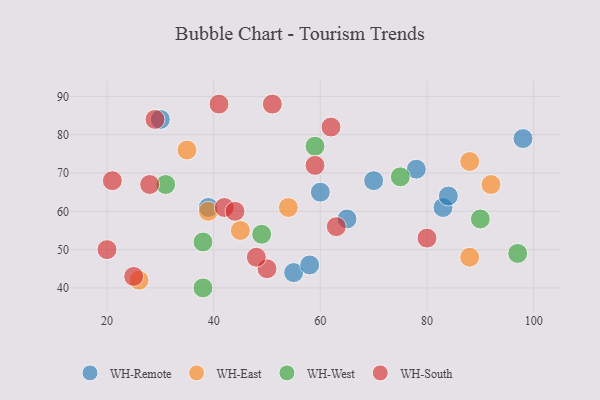
{"axis": {"x": "GDP", "y": "Life Expectancy"}, "legend": ["WH-East", "WH-Remote", "WH-South", "WH-West"], "data": [{"x": "83", "y": 61, "type": "WH-Remote"}, {"x": "84", "y": 64, "type": "WH-Remote"}, {"x": "55", "y": 44, "type": "WH-Remote"}, {"x": "58", "y": 46, "type": "WH-Remote"}, {"x": "78", "y": 71, "type": "WH-Remote"}, {"x": "30", "y": 84, "type": "WH-Remote"}, {"x": "65", "y": 58, "type": "WH-Remote"}, {"x": "98", "y": 79, "type": "WH-Remote"}, {"x": "60", "y": 65, "type": "WH-Remote"}, {"x": "39", "y": 61, "type": "WH-Remote"}, {"x": "70", "y": 68, "type": "WH-Remote"}, {"x": "88", "y": 48, "type": "WH-East"}, {"x": "92", "y": 67, "type": "WH-East"}, {"x": "54", "y": 61, "type": "WH-East"}, {"x": "26", "y": 42, "type": "WH-East"}, {"x": "88", "y": 73, "type": "WH-East"}, {"x": "35", "y": 76, "type": "WH-East"}, {"x": "39", "y": 60, "type": "WH-East"}, {"x": "45", "y": 55, "type": "WH-East"}, {"x": "38", "y": 52, "type": "WH-West"}, {"x": "75", "y": 69, "type": "WH-West"}, {"x": "38", "y": 40, "type": "WH-West"}, {"x": "97", "y": 49, "type": "WH-West"}, {"x": "31", "y": 67, "type": "WH-West"}, {"x": "59", "y": 77, "type": "WH-West"}, {"x": "90", "y": 58, "type": "WH-West"}, {"x": "49", "y": 54, "type": "WH-West"}, {"x": "50", "y": 45, "type": "WH-South"}, {"x": "51", "y": 88, "type": "WH-South"}, {"x": "25", "y": 43, "type": "WH-South"}, {"x": "41", "y": 88, "type": "WH-South"}, {"x": "59", "y": 72, "type": "WH-South"}, {"x": "48", "y": 48, "type": "WH-South"}, {"x": "62", "y": 82, "type": "WH-South"}, {"x": "63", "y": 56, "type": "WH-South"}, {"x": "42", "y": 61, "type": "WH-South"}, {"x": "29", "y": 84, "type": "WH-South"}, {"x": "44", "y": 60, "type": "WH-South"}, {"x": "28", "y": 67, "type": "WH-South"}, {"x": "20", "y": 50, "type": "WH-South"}, {"x": "80", "y": 53, "type": "WH-South"}, {"x": "21", "y": 68, "type": "WH-South"}]}